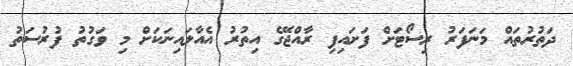
ދަތުރުތައް މަނަފަރު ރިސޯޓަށް ފަށައިފި ރާއްޖޭގެ އިތުރު އެއާލައިނަކަށް މި ވަގުތު ފުރުސަތު